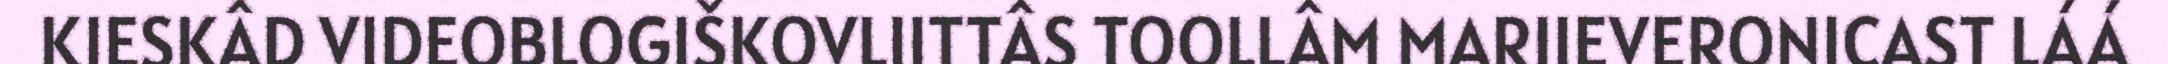
KIESKÂD VIDEOBLOGIŠKOVLIITTÂS TOOLLÂM MARIIEVERONICAST LÁÁ